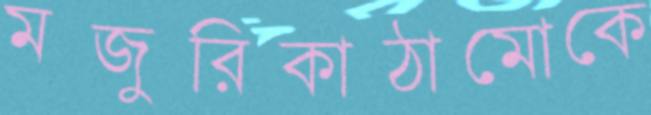
মজুরিকাঠামোকে